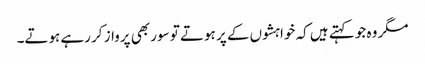
مگر وہ جو کہتے ہیں کہ خواہشوں کے پر ہوتے تو سور بھی پرواز کر رہے ہوتے۔